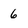
Character: 6